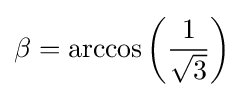
\beta =\arccos \left({\frac {1}{\sqrt {3}}}\right)